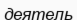
деятель